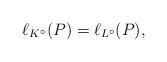
LaTeX: \begin{align*}\ell_{K^\circ}(P) = \ell_{L^\circ}(P),\end{align*}